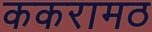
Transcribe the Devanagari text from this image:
ककरामठ